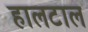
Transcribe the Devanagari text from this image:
हालटाल